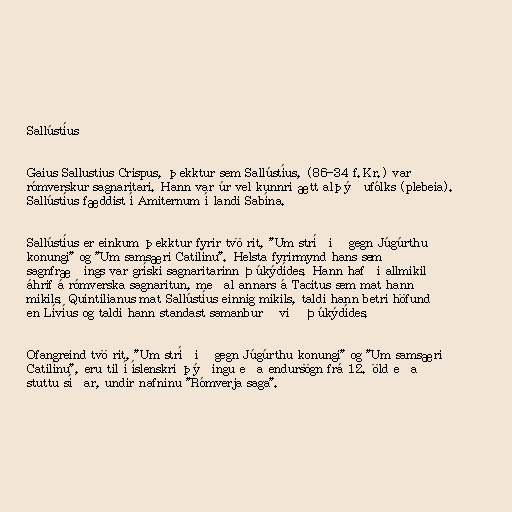
Sallústíus

Gaius Sallustius Crispus, þekktur sem Sallústíus, (86-34 f.Kr.) var
rómverskur sagnaritari. Hann var úr vel kunnri ætt alþýðufólks (plebeia).
Sallústíus fæddist í Amiternum í landi Sabína.

Sallústíus er einkum þekktur fyrir tvö rit, "Um stríðið gegn Júgúrthu
konungi" og "Um samsæri Catilínu". Helsta fyrirmynd hans sem
sagnfræðings var gríski sagnaritarinn Þúkýdídes. Hann hafði allmikil
áhrif á rómverska sagnaritun, meðal annars á Tacitus sem mat hann
mikils. Quintilianus mat Sallústíus einnig mikils, taldi hann betri höfund
en Lívíus og taldi hann standast samanburð við Þúkýdídes.

Ofangreind tvö rit, "Um stríðið gegn Júgúrthu konungi" og "Um samsæri
Catilínu", eru til í íslenskri þýðingu eða endursögn frá 12. öld eða
stuttu síðar, undir nafninu "Rómverja saga".